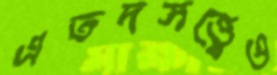
এতদসত্ত্বেও